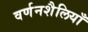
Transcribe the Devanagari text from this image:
वर्णनशैलियाँ